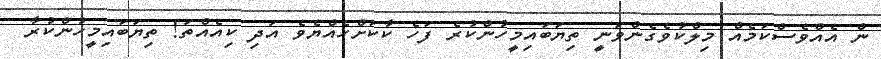
ން އެއްވެސްކަމެއް މިލްކުވެގެންވަނީ ތިޔަބައިމީހުންކުރެ ފަހެ ކާކަށްހެއްޔެވެ އަދި ކިއެއްތަ! ތިޔަބައިމީހުންކުރާ